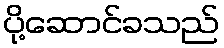
ပို့ဆောင်ခသည်